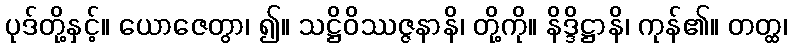
ပုဒ်တို့နှင့်။ ယောဇေတွာ၊ ၍။ သဋ္ဌိဝိဿဇ္ဇနာနိ၊ တို့ကို။ နိဒ္ဒိဋ္ဌာနိ၊ ကုန်၏။ တတ္ထ၊